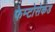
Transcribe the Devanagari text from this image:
फेम्टोसेकंड